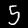
Digit: 5